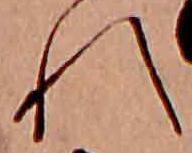
れ